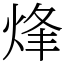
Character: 烽